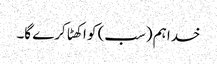
خدا ہم (سب) کو اکھٹا کرے گا۔